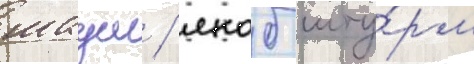
шаум / якоб шту́рм